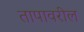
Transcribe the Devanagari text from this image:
तापावरील